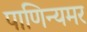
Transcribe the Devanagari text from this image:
पाणिन्यमर